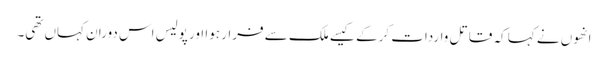
انھوں نے کہا کہ قاتل واردات کرکے کیسے ملک سے فرار ہوا اور پولیس اس دوران کہاں تھی۔